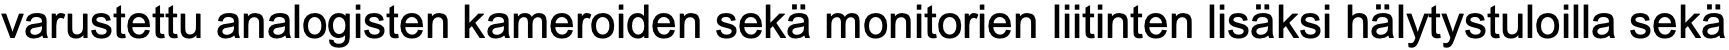
varustettu analogisten kameroiden sekä monitorien liitinten lisäksi hälytystuloilla sekä